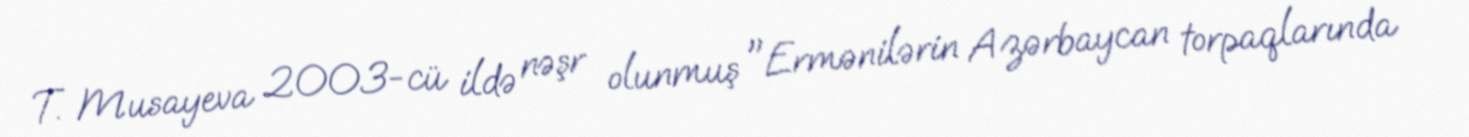
T. Musayeva 2003-cü ildə nəşr olunmuş "Ermənilərin Azərbaycan torpaqlarında